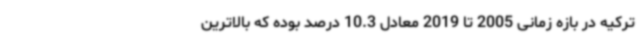
ترکیه در بازه زمانی 2005 تا 2019 معادل 10.3 درصد بوده که بالاترین